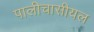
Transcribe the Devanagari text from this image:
पालीचासीयल